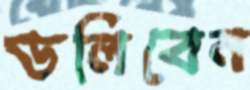
ডলিবেন